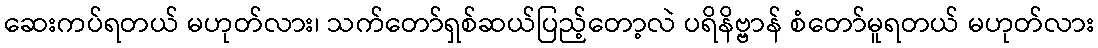
ဆေးကပ်ရတယ် မဟုတ်လား၊ သက်တော်ရှစ်ဆယ်ပြည့်တော့လဲ ပရိနိဗ္ဗာန် စံတော်မူရတယ် မဟုတ်လား